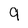
Character: 9